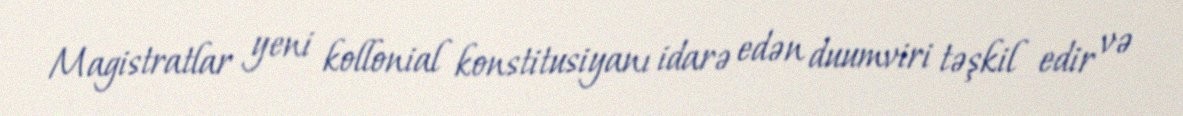
Magistratlar yeni kollonial konstitusiyanı idarə edən duumviri təşkil edir və